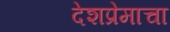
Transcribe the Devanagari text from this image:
देशप्रेमाचा